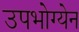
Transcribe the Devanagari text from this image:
उपभोग्येन